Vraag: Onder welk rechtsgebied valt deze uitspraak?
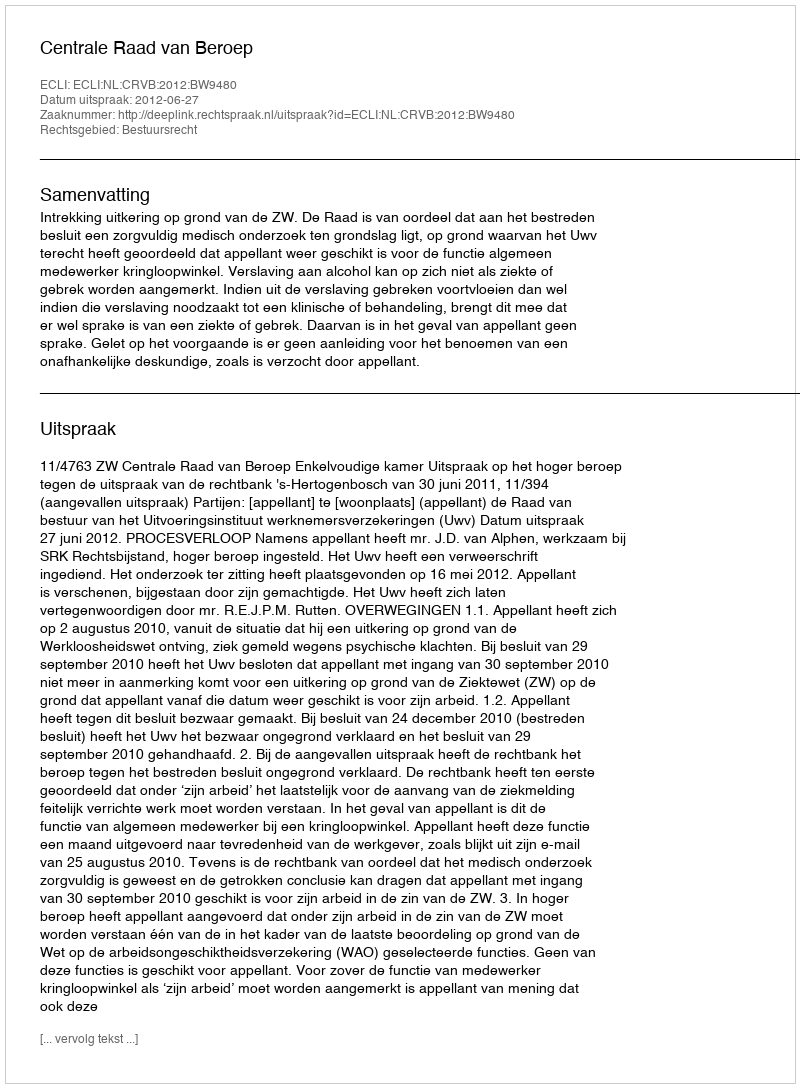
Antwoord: Bestuursrecht